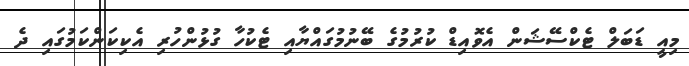
މިއީ ޑަބަލް ޓެކްސޭޝަން އެވޮއިޑް ކުރުމުގެ ބޭނުމުގައްޔާއި ޓެކުހާ ގުޅުންހުރި އެކިކަންކަމުގައި ދެ